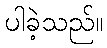
ပါခဲ့သည်။